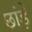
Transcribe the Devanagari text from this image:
छांड़े